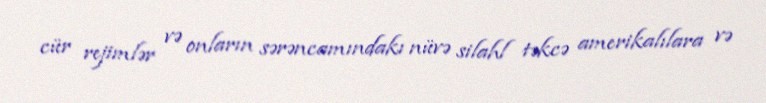
cür rejimlər və onların sərəncamındakı nüvə silahl təkcə amerikalılara və